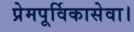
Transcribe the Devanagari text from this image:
प्रेमपूर्विकासेवा।